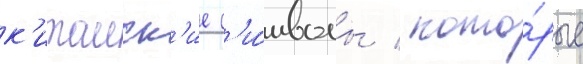
к'итаиск'ие с'и́мволы / кото́рые